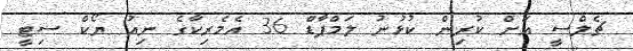
ޗެލްސީ އަށް ކުރިން ކުޅުނު ލަމްޕާޑް 36 އެމެރިކާގެ ނިއު ޔޯކް ސިޓީ